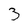
Character: 3